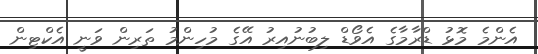
އެންމެ މޮޅު ޑްރާމާގެ އެވޯޑް ލިބުނުއިރު އޭގެ މުހިންމު ތަރިން ވަނީ އެކްޓިން